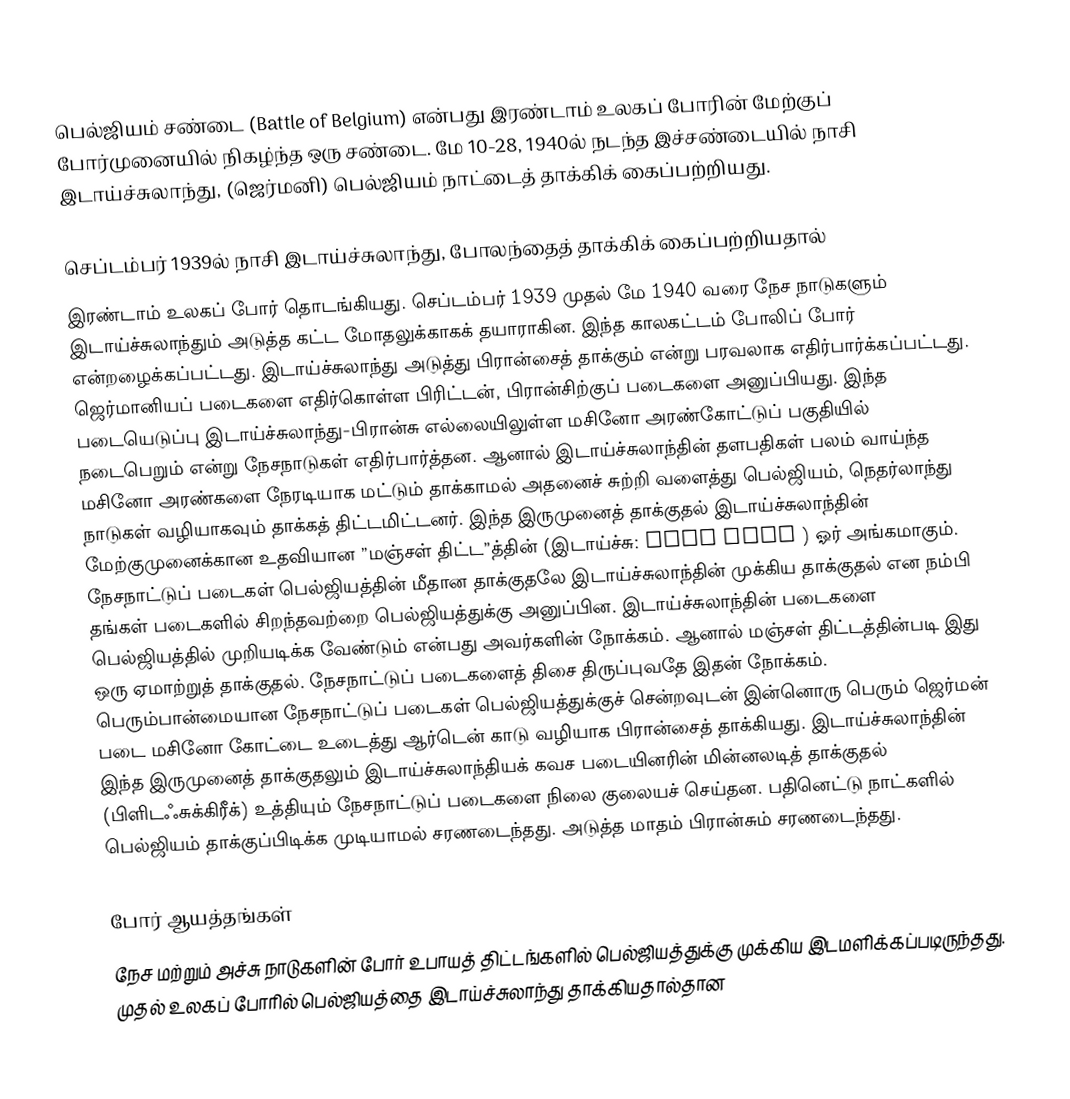
பெல்ஜியம் சண்டை (Battle of Belgium) என்பது இரண்டாம் உலகப் போரின் மேற்குப் போர்முனையில் நிகழ்ந்த ஒரு சண்டை. மே 10-28, 1940ல் நடந்த இச்சண்டையில் நாசி இடாய்ச்சுலாந்து, (ஜெர்மனி) பெல்ஜியம் நாட்டைத் தாக்கிக் கைப்பற்றியது.

செப்டம்பர் 1939ல் நாசி இடாய்ச்சுலாந்து, போலந்தைத் தாக்கிக் கைப்பற்றியதால்
இரண்டாம் உலகப் போர் தொடங்கியது. செப்டம்பர் 1939 முதல் மே 1940 வரை நேச நாடுகளும் இடாய்ச்சுலாந்தும் அடுத்த கட்ட மோதலுக்காகக் தயாராகின. இந்த காலகட்டம் போலிப் போர் என்றழைக்கப்பட்டது. இடாய்ச்சுலாந்து அடுத்து பிரான்சைத் தாக்கும் என்று பரவலாக எதிர்பார்க்கப்பட்டது. ஜெர்மானியப் படைகளை எதிர்கொள்ள பிரிட்டன், பிரான்சிற்குப் படைகளை அனுப்பியது. இந்த படையெடுப்பு இடாய்ச்சுலாந்து-பிரான்சு எல்லையிலுள்ள மசினோ அரண்கோட்டுப் பகுதியில் நடைபெறும் என்று நேசநாடுகள் எதிர்பார்த்தன. ஆனால் இடாய்ச்சுலாந்தின் தளபதிகள் பலம் வாய்ந்த மசினோ அரண்களை நேரடியாக மட்டும் தாக்காமல் அதனைச் சுற்றி வளைத்து பெல்ஜியம், நெதர்லாந்து நாடுகள் வழியாகவும் தாக்கத் திட்டமிட்டனர். இந்த இருமுனைத் தாக்குதல் இடாய்ச்சுலாந்தின் மேற்குமுனைக்கான உதவியான ”மஞ்சள் திட்ட”த்தின் (இடாய்ச்சு: Fall Gelb ) ஓர் அங்கமாகும். நேசநாட்டுப் படைகள் பெல்ஜியத்தின் மீதான தாக்குதலே இடாய்ச்சுலாந்தின் முக்கிய தாக்குதல் என நம்பி தங்கள் படைகளில் சிறந்தவற்றை பெல்ஜியத்துக்கு அனுப்பின. இடாய்ச்சுலாந்தின் படைகளை பெல்ஜியத்தில் முறியடிக்க வேண்டும் என்பது அவர்களின் நோக்கம். ஆனால் மஞ்சள் திட்டத்தின்படி இது ஒரு ஏமாற்றுத் தாக்குதல். நேசநாட்டுப் படைகளைத் திசை திருப்புவதே இதன் நோக்கம். பெரும்பான்மையான நேசநாட்டுப் படைகள் பெல்ஜியத்துக்குச் சென்றவுடன் இன்னொரு பெரும் ஜெர்மன் படை மசினோ கோட்டை உடைத்து ஆர்டென் காடு வழியாக பிரான்சைத் தாக்கியது. இடாய்ச்சுலாந்தின் இந்த இருமுனைத் தாக்குதலும் இடாய்ச்சுலாந்தியக் கவச படையினரின் மின்னலடித் தாக்குதல் (பிளிடஃசுக்கிரீக்) உத்தியும் நேசநாட்டுப் படைகளை நிலை குலையச் செய்தன. பதினெட்டு நாட்களில் பெல்ஜியம் தாக்குப்பிடிக்க முடியாமல் சரணடைந்தது. அடுத்த மாதம் பிரான்சும் சரணடைந்தது.

போர் ஆயத்தங்கள்
நேச மற்றும் அச்சு நாடுகளின் போர் உபாயத் திட்டங்களில் பெல்ஜியத்துக்கு முக்கிய இடமளிக்கப்படிருந்தது. முதல் உலகப் போரில் பெல்ஜியத்தை இடாய்ச்சுலாந்து தாக்கியதால்தான